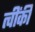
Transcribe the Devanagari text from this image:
त्वींकी